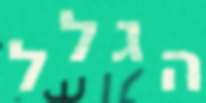
הגלל